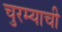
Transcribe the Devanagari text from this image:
चुरम्याची